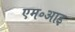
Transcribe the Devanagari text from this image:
एम॰आइ